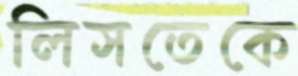
লিসতেকে